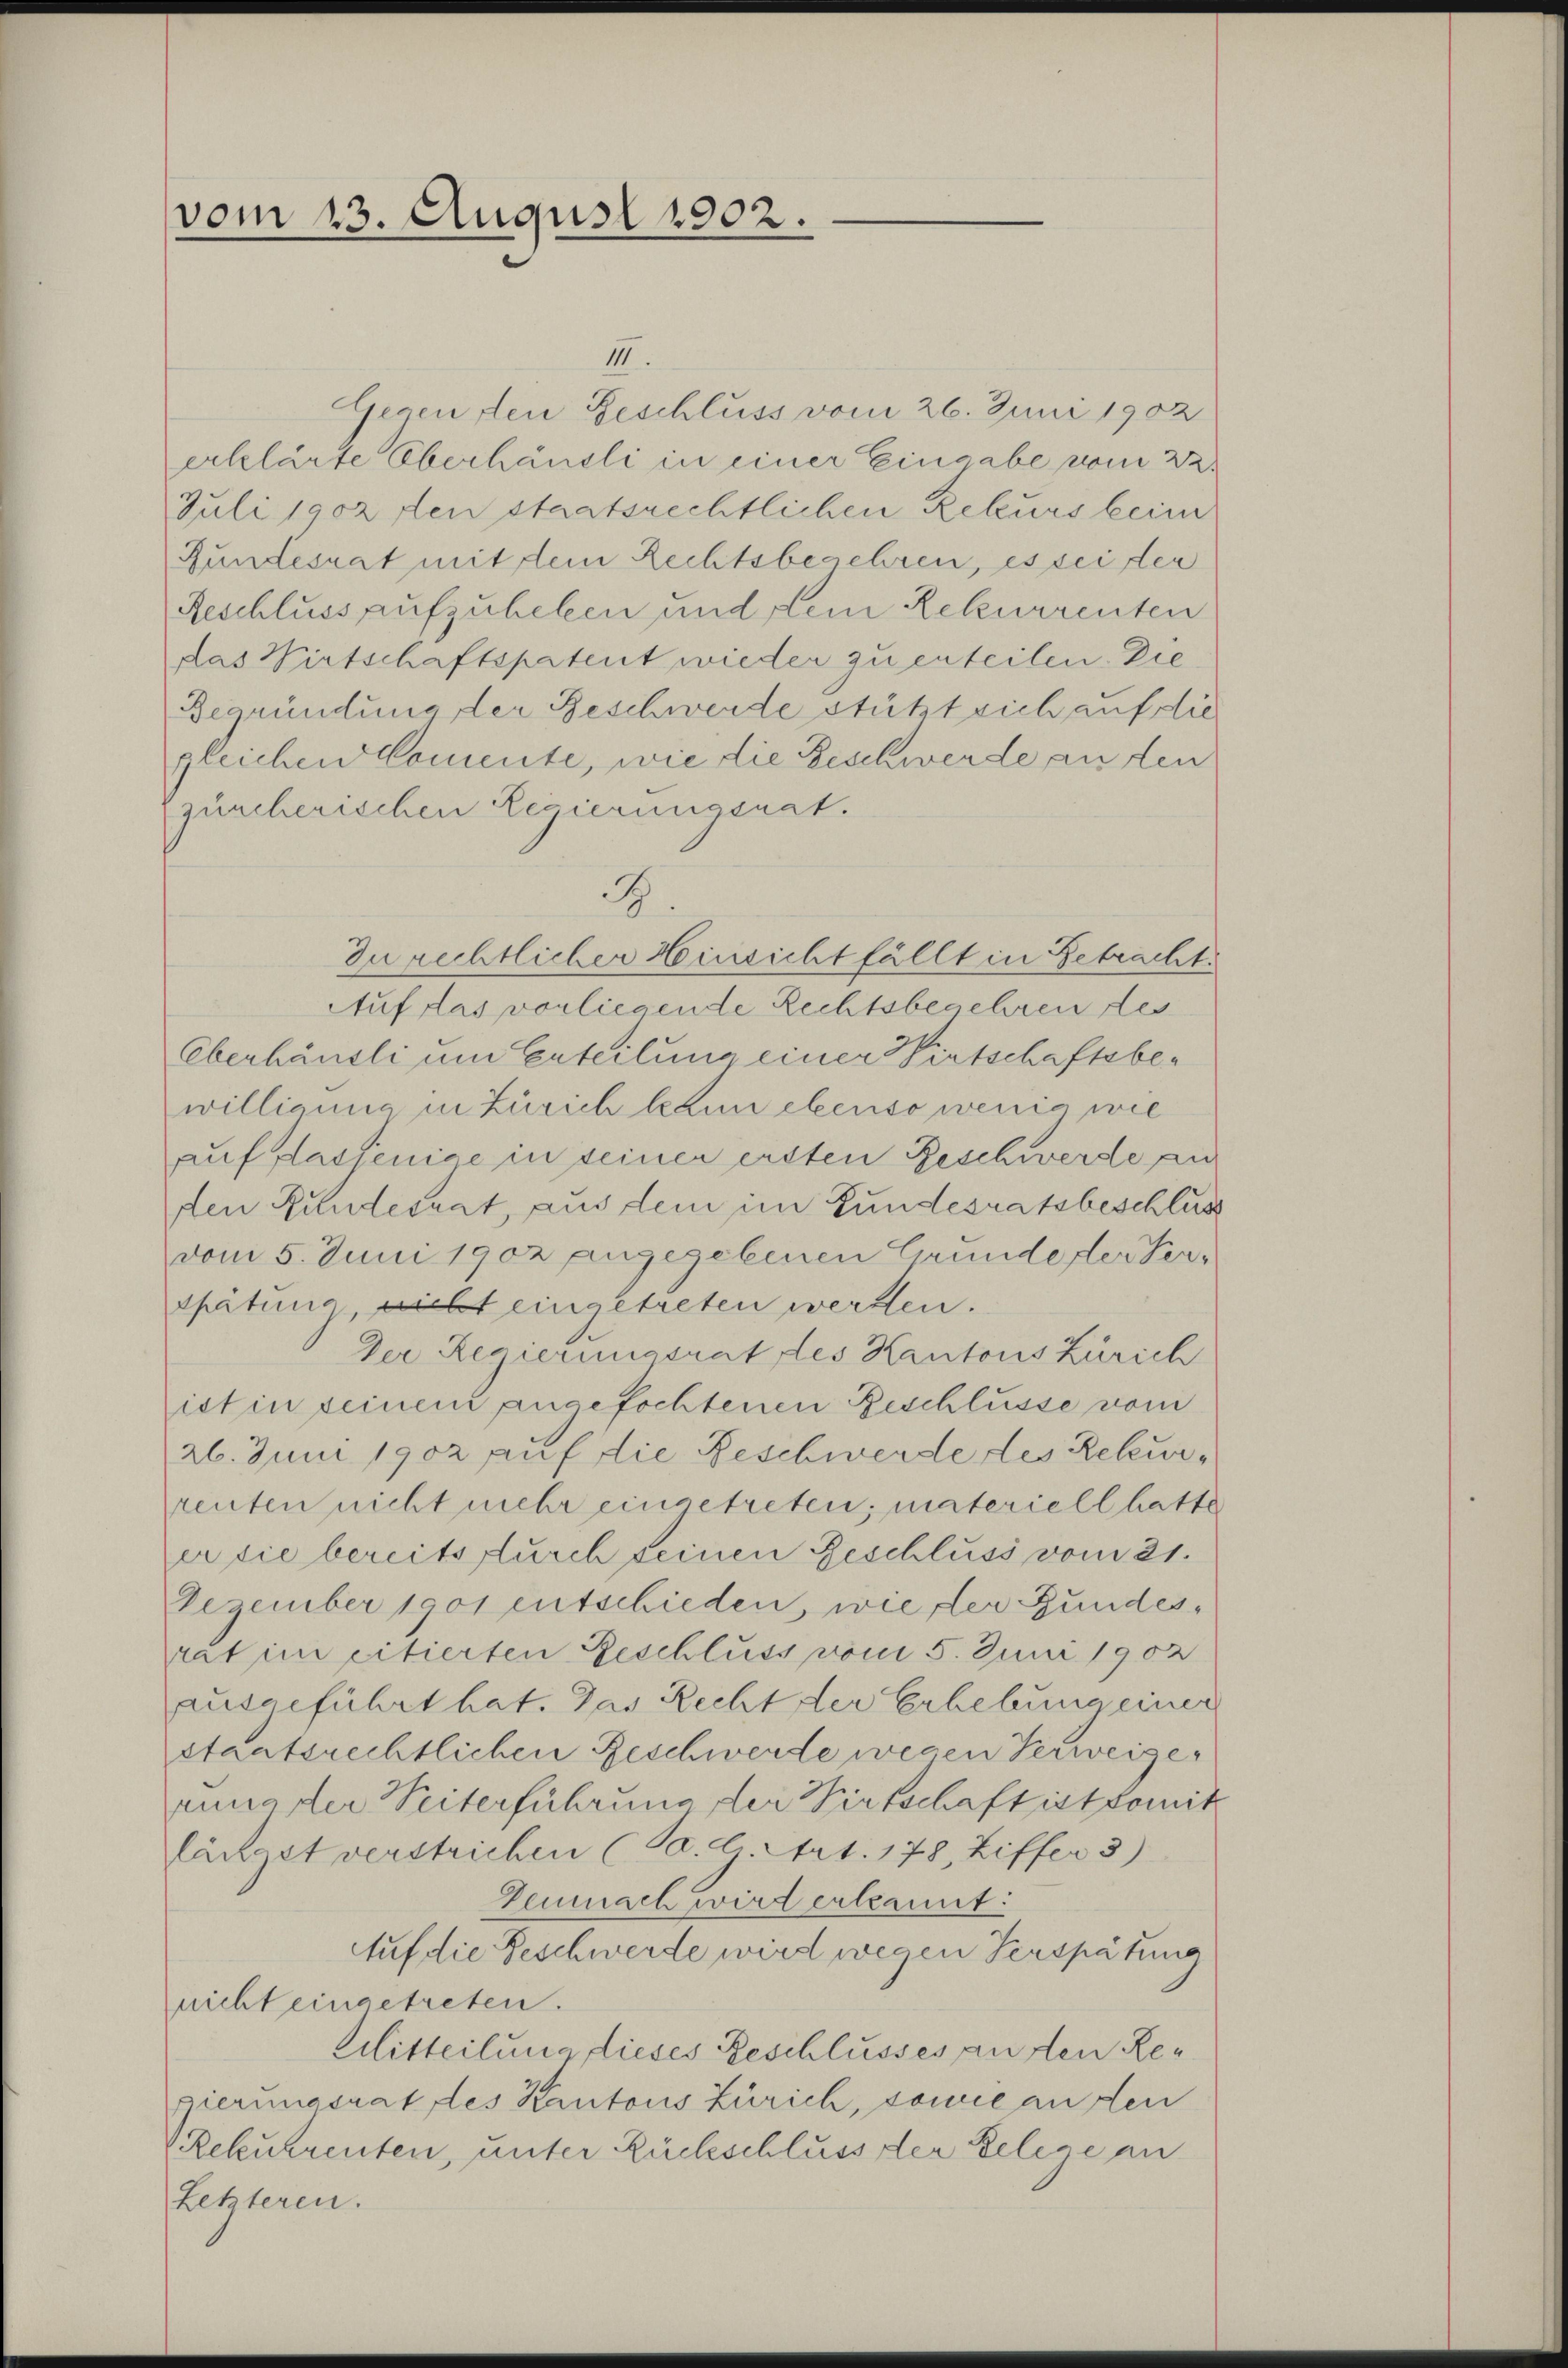
vom 13. August 1902.

III.
Gegen den Geschluss vom 26. Juni 1902
erklärte Oberhäusli in einer Eingabe vom 22.
Juli 1902 den staatsrechtlichen Rekurs beim
Gundesrat mit dem Rechtsbegehren, es sei der
Reschluss aufzuheben und dein Rekurrenten
das Wirtschaftspatent wieder zu enteilen. Die
Begründung der Beschwerde stützt sich auf die
gleichen Comente, wie die Beschwerde an den
zürcherischen Regierungsrat.
In rechtlicher Hinsicht fällt in Betracht.
Auf das vorliegende Rechtsbegehren des
Oberhäusli um Erteilung einer Wirtschaftsbewilligung in Zürich kann ebenso wenig wie
auf dasjenige in seiner ersten Beschwerde an
den Kundesrat, aus dem im Bundesratsbeschlus
vom 5. Juni 1902 angegebenen Grunde der Ver¬
Spätung nicht eingetreten werden.
Der Regierungsrat des Kantons Zürich
ist in seinem angefochtenen Beschlüsse vom
26. Juni 1902 auf die Beschwerde des Rekurrenten nicht mehr eingetreten; materiell hatte
er die bereits furch seinen Geschluss vom 21.
Dezember 1901 entschieden, wie der Bundesrat im citierten Geschluss vom 5. Juni 1902
ausgeführt hat. Das Recht der Erhebung einer
staatsrechtlichen Beschwerde wegen Verweige
rimarer Seiterführung der Wirtschaft ist somit
längst verstrichen (Sa. L Art. 178, Ziffer 3)
Demnach wird erkannt:
Auf die Geschwerde wird wegen Verspätung
nicht eingetreten.
Mitteilung dieses Beschlusses an den Repierungsrat des Kantons Zürich, sonne an den
Rekurrenten, unter Rückschluss der Belege an
Letzteren.

d